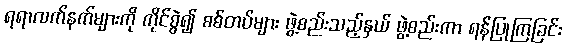
ရရာလက်နက်များကို ကိုင်စွဲ၍ စစ်တပ်များ ဖွဲ့စည်းသည့်နှယ် ဖွဲ့စည်းကာ ရန်ပြုကြခြင်း